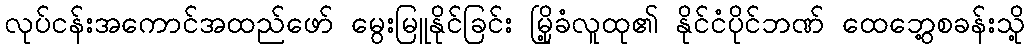
လုပ်ငန်းအကောင်အထည်ဖော် မွေးမြူနိုင်ခြင်း မြို့ခံလူထု၏ နိုင်ငံပိုင်ဘဏ် ထေဘွေ့စခန်းသို့